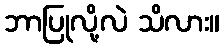
ဘာပြုလို့လဲ သိလား။